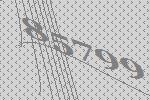
85799